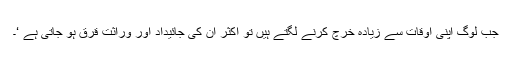
جب لوگ اپنی اوقات سے زیادہ خرچ کرنے لگتے ہیں تو اکثر ان کی جائیداد اور وراثت قرق ہو جاتی ہے ‘۔